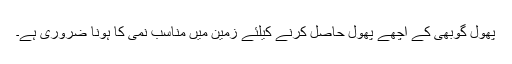
پھول گوبھی کے اچھے پھول حاصل کرنے کیلئے زمین میں مناسب نمی کا ہونا ضروری ہے۔